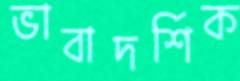
ভাবাদর্শিক